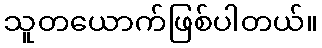
သူတယောက်ဖြစ်ပါတယ်။